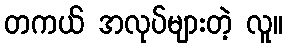
တကယ် အလုပ်များတဲ့ လူ။